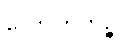
လောဟိတဉ္စ